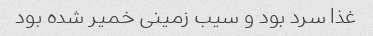
غذا سرد بود و سیب زمینی خمیر شده بود